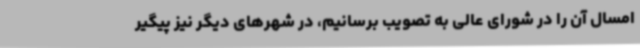
امسال آن را در شورای عالی به تصویب برسانیم، در شهرهای دیگر نیز پیگیر